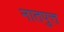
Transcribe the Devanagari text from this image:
नातपुत्त